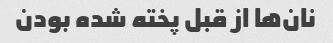
نان‌ها از قبل پخته شده بودن